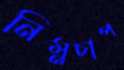
নিম্নচাপ